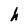
Character: h